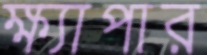
ক্ষ্যাপার